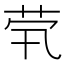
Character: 茕